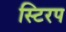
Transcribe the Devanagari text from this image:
स्टिरप